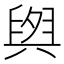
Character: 𮍫